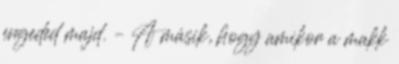
engeded majd. – A másik, hogy amikor a makk